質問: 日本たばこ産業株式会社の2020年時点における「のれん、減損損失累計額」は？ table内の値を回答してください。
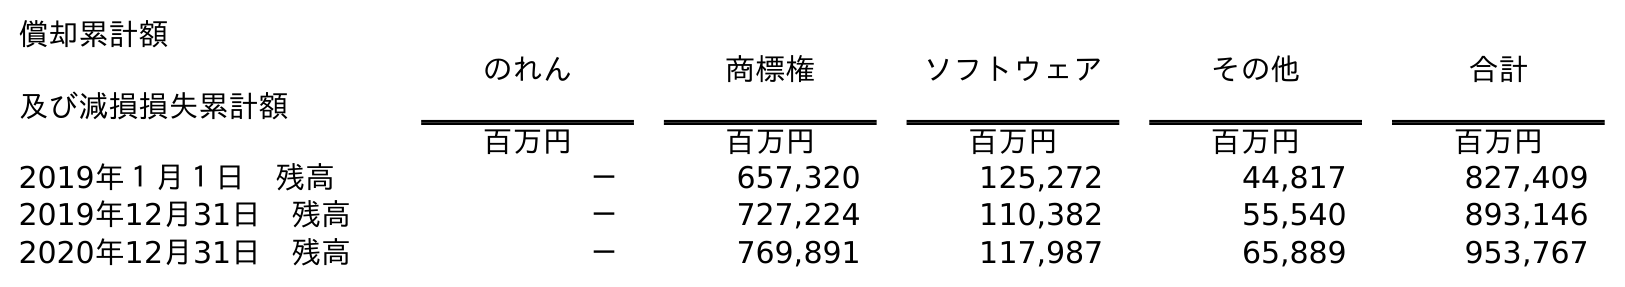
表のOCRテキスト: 償却累計額 及び減損損失累計額 のれん 商標権 ソフトウェア その他 合計 百万円 百万円 百万円 百万円 百万円 2019年１月１日 残高 － 657,320 125,272 44,817 827,409 2019年12月31日 残高 － 727,224 110,382 55,540 893,146 2020年12月31日 残高 － 769,891 117,987 65,889 953,767
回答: －